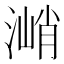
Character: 㴥